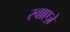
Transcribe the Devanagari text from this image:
स्वाएज़े